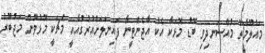
މައުލޫމާތު މުއްސަނދިވި ބޮޑު މޮޅަކާ އެކު އާޖެންޓީނާ ފައިނަލަށްއުރުގުއާއީ މެޗަކީ މޮޅުވުން މަޖުބޫރު